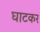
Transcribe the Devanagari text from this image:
घाटकर